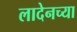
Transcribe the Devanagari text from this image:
लादेनच्या